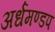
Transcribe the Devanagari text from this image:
अर्धमण्डप